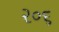
૨૦૬